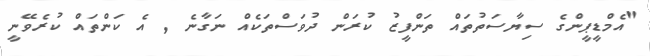
"އެމްޑީޕީންގެ ސިޔާސަތުތައް ތަންފީޒު ކުރަން ދުވަސްތަކެއް ނަގާނެ